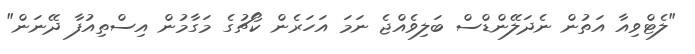
"ލެޓްވިއާ އަތުން ނެދަލޭންޑްސް ބަލިވެއްޖެ ނަމަ އަހަރެން ކޯޗުގެ މަގާމުން އިސްތިއުފާ ދޭނަން"